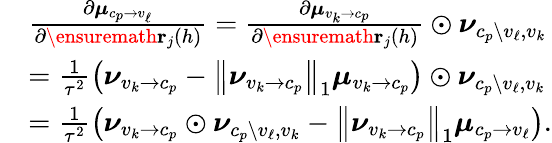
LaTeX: \begin{array}{rl}&{\frac{\partial\boldsymbol{\mu}_{c_{p}\to v_{\ell}}}{\partial\ensuremath{\mathbf{r}}_{j}(h)}=\frac{\partial\boldsymbol{\mu}_{v_{k}\to c_{p}}}{\partial\ensuremath{\mathbf{r}}_{j}(h)}\odot\boldsymbol{\nu}_{c_{p}\setminus v_{\ell},v_{k}}}\\ &{=\frac{1}{\tau^{2}}\left(\boldsymbol{\nu}_{v_{k}\to c_{p}}-\left\| \boldsymbol{\nu}_{v_{k}\to c_{p}}\right\| _{1}\boldsymbol{\mu}_{v_{k}\to c_{p}}\right)\odot\boldsymbol{\nu}_{c_{p}\setminus v_{\ell},v_{k}}}\\ &{=\frac{1}{\tau^{2}}\left(\boldsymbol{\nu}_{v_{k}\to c_{p}}\odot\boldsymbol{\nu}_{c_{p}\setminus v_{\ell},v_{k}}-\left\| \boldsymbol{\nu}_{v_{k}\to c_{p}}\right\| _{1}\boldsymbol{\mu}_{c_{p}\to v_{\ell}}\right).}\end{array}